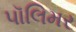
પૉલિમર